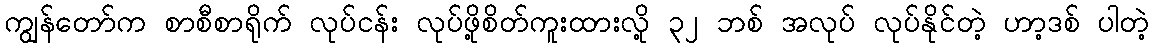
ကျွန်တော်က စာစီစာရိုက် လုပ်ငန်း လုပ်ဖို့စိတ်ကူးထားလို့ ၃၂ ဘစ် အလုပ် လုပ်နိုင်တဲ့ ဟာ့ဒစ် ပါတဲ့